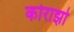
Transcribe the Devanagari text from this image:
कोराझो